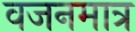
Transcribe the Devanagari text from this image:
वजनमात्र